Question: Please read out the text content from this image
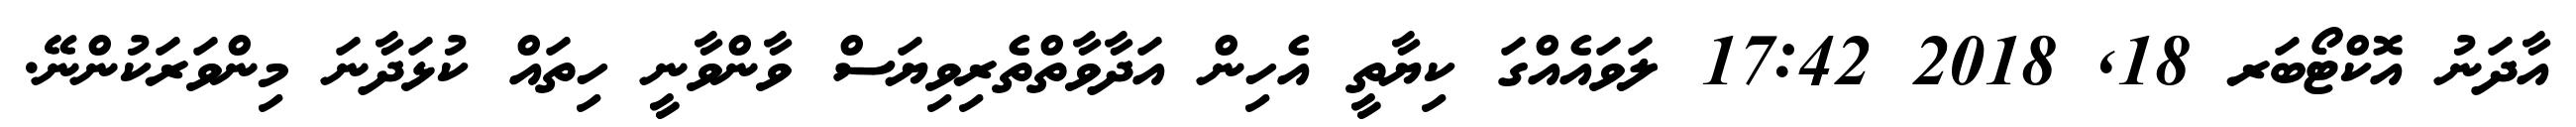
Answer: އާދަނު އޮކްޓޯބަރ 18, 2018 17:42 ލަވައެއްގަ ކިޔާތީ އެހިން އަދާވާތްތެރިވިޔަސް ވާންވާނީ ހިތައް ކުޅަދާނަ މިންވަރަކުންނޭ.